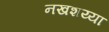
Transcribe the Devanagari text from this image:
नखशय्या